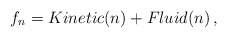
\begin{align*}\begin{aligned}f_n = Kinetic(n) + Fluid (n) \,,\end{aligned}\end{align*}